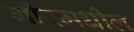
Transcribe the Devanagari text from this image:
गीरमधील